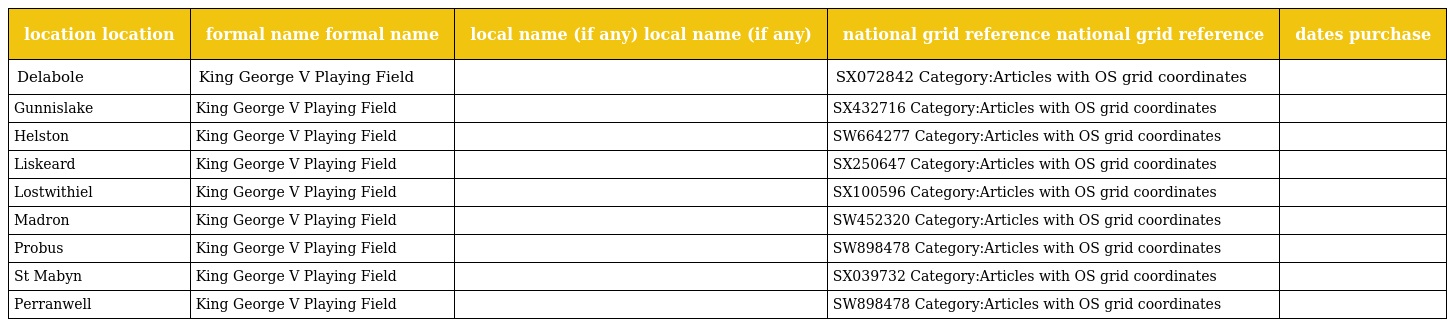
| location location | formal name formal name | local name (if any) local name (if any) | national grid reference national grid reference | dates purchase |
 | --- | --- | --- | --- | --- |
 | Delabole | King George V Playing Field |  | SX072842 Category:Articles with OS grid coordinates |  |
 | Gunnislake | King George V Playing Field |  | SX432716 Category:Articles with OS grid coordinates |  |
 | Helston | King George V Playing Field |  | SW664277 Category:Articles with OS grid coordinates |  |
 | Liskeard | King George V Playing Field |  | SX250647 Category:Articles with OS grid coordinates |  |
 | Lostwithiel | King George V Playing Field |  | SX100596 Category:Articles with OS grid coordinates |  |
 | Madron | King George V Playing Field |  | SW452320 Category:Articles with OS grid coordinates |  |
 | Probus | King George V Playing Field |  | SW898478 Category:Articles with OS grid coordinates |  |
 | St Mabyn | King George V Playing Field |  | SX039732 Category:Articles with OS grid coordinates |  |
 | Perranwell | King George V Playing Field |  | SW898478 Category:Articles with OS grid coordinates |  |